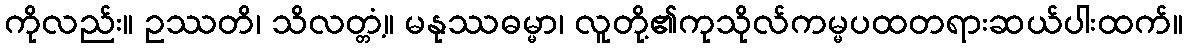
ကိုလည်း။ ဥဿတိ၊ သိလတ္တံ့။ မနုဿဓမ္မာ၊ လူတို့၏ကုသိုလ်ကမ္မပထတရားဆယ်ပါးထက်။